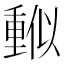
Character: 𠏳